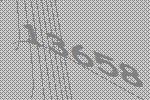
13658